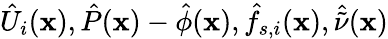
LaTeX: \hat{U}_{i}(\mathbf{x}),\hat{P}(\mathbf{x})-\hat{\phi}(\mathbf{x}),\hat{f}_{s,i}(\mathbf{x}),\hat{\tilde{\nu}}(\mathbf{x})